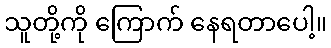
သူတို့ကို ကြောက် နေရတာပေါ့။